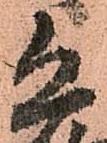
恐